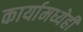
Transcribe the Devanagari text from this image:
कार्यामध्येही